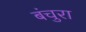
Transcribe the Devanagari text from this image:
बंचुरा